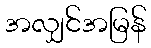
အလျှင်အမြန်